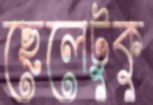
ছেলেটুকু